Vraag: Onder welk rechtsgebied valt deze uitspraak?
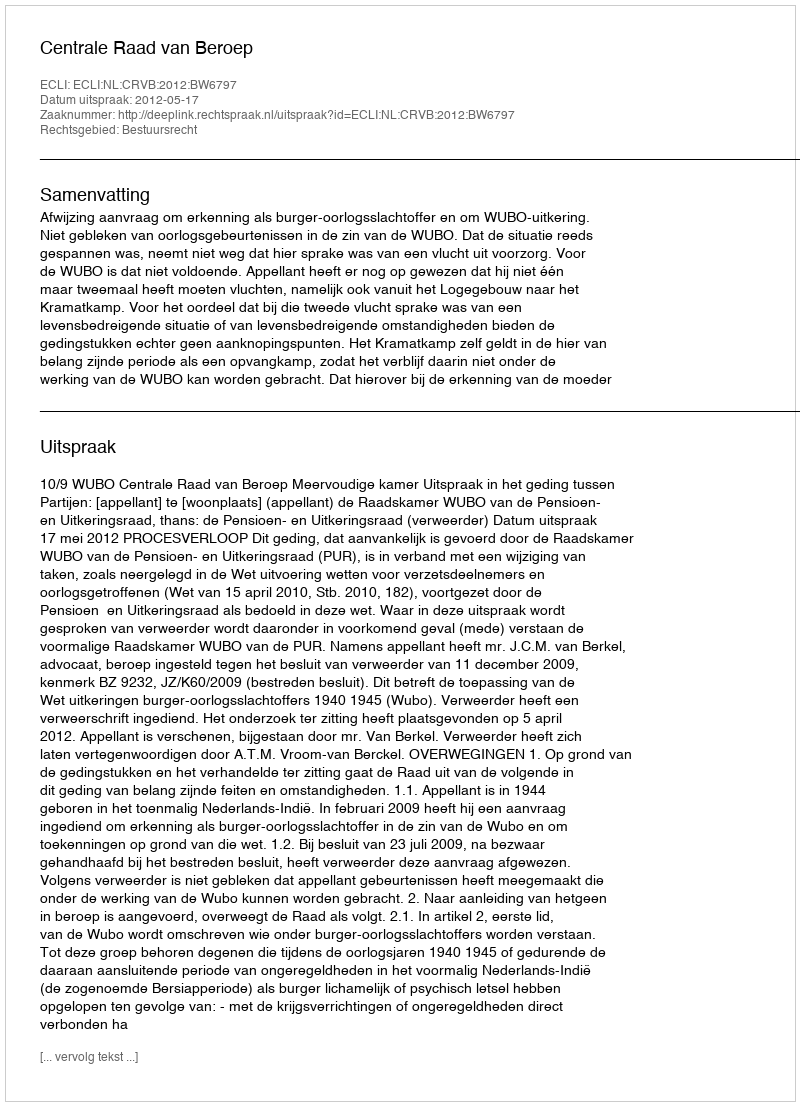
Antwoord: Bestuursrecht